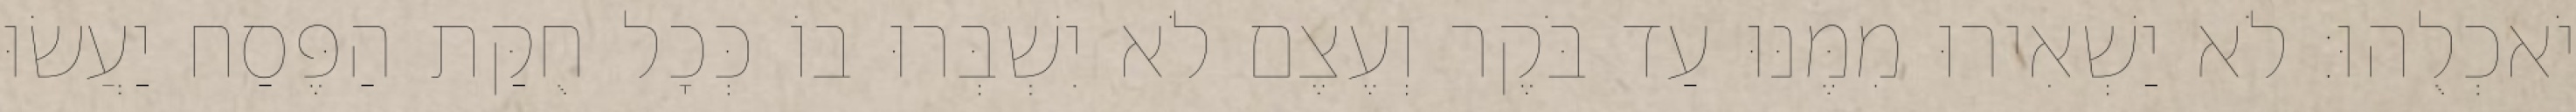
יֹאכְלֻהוּ׃ לֹא יַשְׁאִירוּ מִמֶּנּוּ עַד בֹּקֶר וְעֶצֶם לֹא יִשְׁבְּרוּ בוֹ כְּכָל חֻקַּת הַפֶּסַח יַעֲשׂוּ